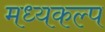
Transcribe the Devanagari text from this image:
मध्यकल्प